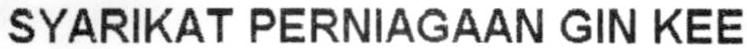
SYARIKAT PERNIAGAAN GIN KEE